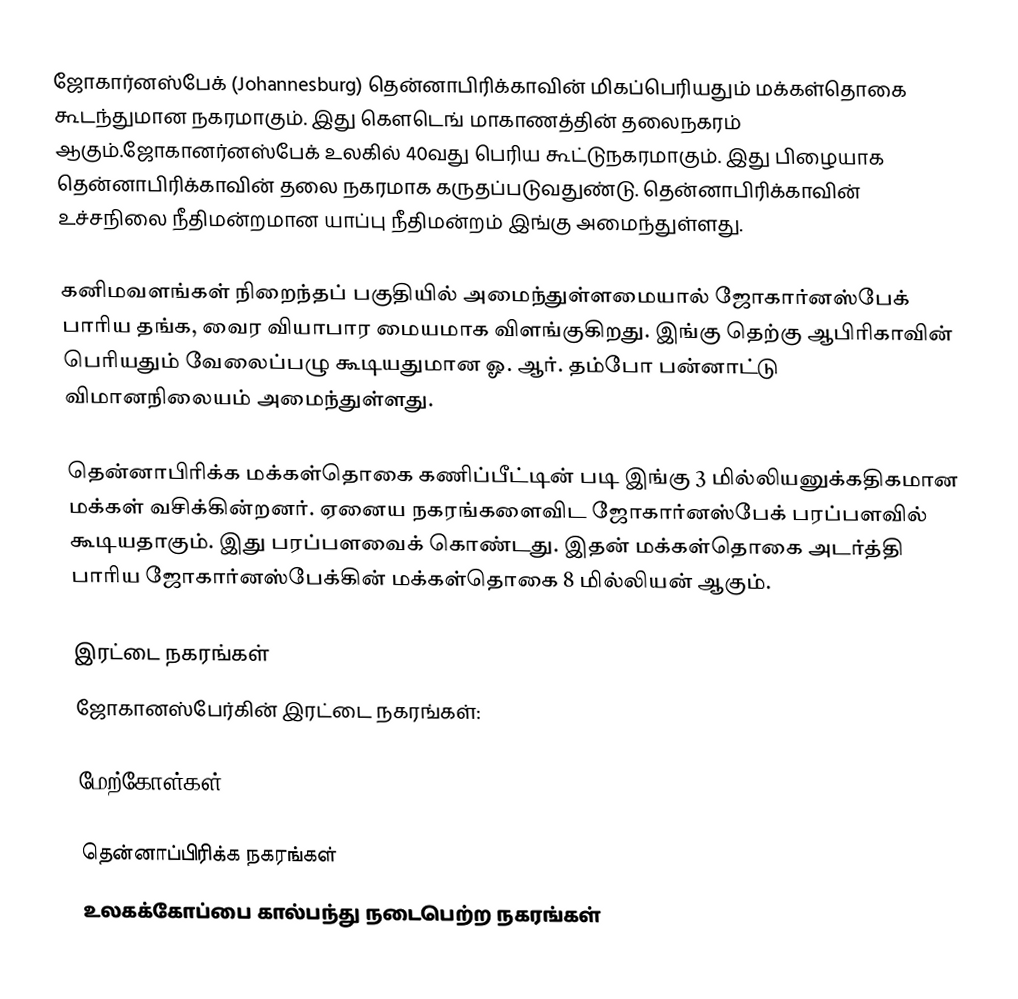
ஜோகார்னஸ்பேக் (Johannesburg) தென்னாபிரிக்காவின் மிகப்பெரியதும் மக்கள்தொகை கூடந்துமான நகரமாகும். இது கௌடெங் மாகாணத்தின் தலைநகரம் ஆகும்.ஜோகானர்னஸ்பேக் உலகில் 40வது பெரிய கூட்டுநகரமாகும். இது பிழையாக தென்னாபிரிக்காவின் தலை நகரமாக கருதப்படுவதுண்டு. தென்னாபிரிக்காவின் உச்சநிலை நீதிமன்றமான யாப்பு நீதிமன்றம் இங்கு அமைந்துள்ளது.

கனிமவளங்கள் நிறைந்தப் பகுதியில் அமைந்துள்ளமையால் ஜோகார்னஸ்பேக் பாரிய தங்க, வைர வியாபார மையமாக விளங்குகிறது. இங்கு தெற்கு ஆபிரிகாவின் பெரியதும் வேலைப்பழு கூடியதுமான ஓ. ஆர். தம்போ பன்னாட்டு விமானநிலையம் அமைந்துள்ளது.

தென்னாபிரிக்க மக்கள்தொகை கணிப்பீட்டின் படி இங்கு 3 மில்லியனுக்கதிகமான மக்கள் வசிக்கின்றனர். ஏனைய நகரங்களைவிட ஜோகார்னஸ்பேக் பரப்பளவில் கூடியதாகும். இது  பரப்பளவைக் கொண்டது. இதன் மக்கள்தொகை அடர்த்தி  பாரிய ஜோகார்னஸ்பேக்கின் மக்கள்தொகை 8 மில்லியன் ஆகும்.

இரட்டை நகரங்கள்
ஜோகானஸ்பேர்கின் இரட்டை நகரங்கள்:

மேற்கோள்கள்

தென்னாப்பிரிக்க நகரங்கள்
உலகக்கோப்பை கால்பந்து நடைபெற்ற நகரங்கள்